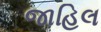
જાહિલ